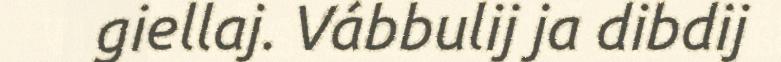
giellaj. Vábbulij ja dibdij